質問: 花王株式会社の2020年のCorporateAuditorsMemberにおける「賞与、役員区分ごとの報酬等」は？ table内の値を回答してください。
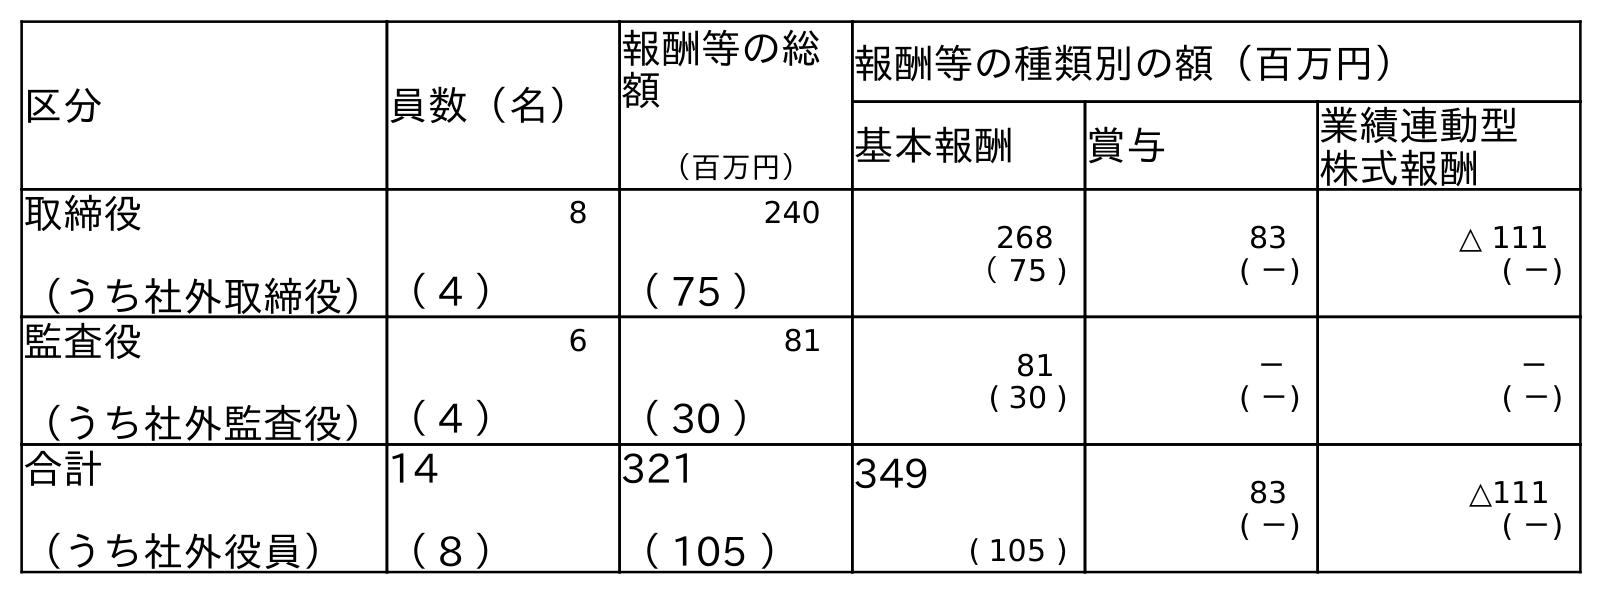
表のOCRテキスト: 区分 員数（名） 報酬等の総 額 （百万円） 報酬等の種類別の額（百万円） 基本報酬 賞与 業績連動型 株式報酬 取締役 （うち社外取締役） 8 （ 4 ） 240 （ 75 ） 268 （ 75 ) 83 ( －) △ 111 ( －) 監査役 （うち社外監査役） 6 （ 4 ） 81 （ 30 ） 81 ( 30 ) － ( －) － ( －) 合計 （うち社外役員） 14 （ 8 ） 321 （ 105 ） 349 ( 105 ) 83 ( －) △111 ( －)
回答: －(－)